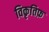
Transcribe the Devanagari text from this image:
विकृतिफ़